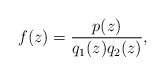
\begin{align*} f(z)=\frac{p(z)}{q_1(z)q_2(z)}, \end{align*}